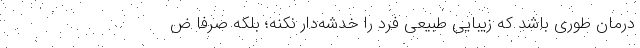
درمان طوری باشد که زیبایی طبیعی فرد را خدشه‌دار نکنه؛ بلکه صرفا ض